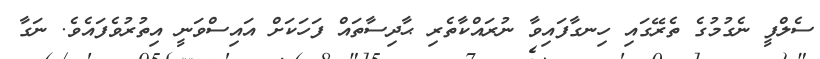
ސެލްފީ ނެގުމުގެ ތެރޭގައި ހިނގާފައިވާ ނުރައްކާތެރި ޙާދިސާތައް ފަހަކަށް އައިސްވަނީ އިތުރުވެފައެވެ. ނަގާ